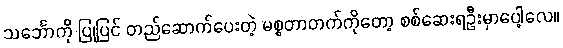
သင်္ဘောကို ပြုပြင် တည်ဆောက်ပေးတဲ့ မစ္စတာတက်ကိုတော့ စစ်ဆေးရဦးမှာပေါ့လေ။